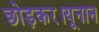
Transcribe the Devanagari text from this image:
छोड़कर।यूनान